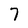
Character: 7